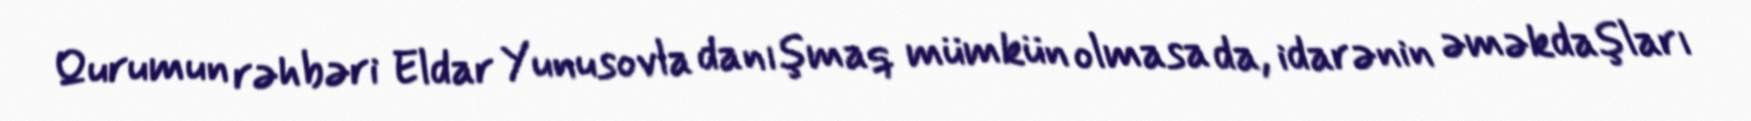
Qurumun rəhbəri Eldar Yunusovla danışmaq mümkün olmasa da, idarənin əməkdaşları